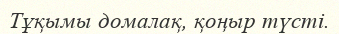
Тұқымы домалақ, қоңыр түсті.